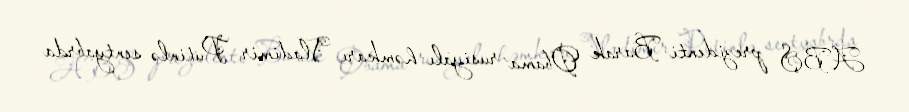
ABŞ prezidenti Barak Obama rusiyalı həmkarı Vladimir Putinlə sentyabrda